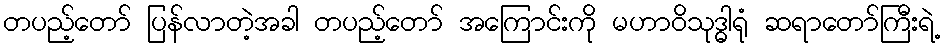
တပည့်တော် ပြန်လာတဲ့အခါ တပည့်တော် အကြောင်းကို မဟာဝိသုဒ္ဓါရုံ ဆရာတော်ကြီးရဲ့